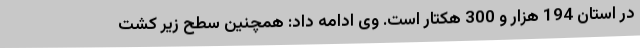
در استان 194 هزار و 300 هکتار است. وی ادامه داد: همچنین سطح زیر کشت